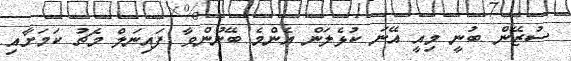
ސުޒޭން ބުނީ މިއީ އޭނަ ކުޅެލަން އެންމެ ބޭނުންވާ ފައިނަލް މެޗު ކަމަށާއި